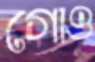
গোও